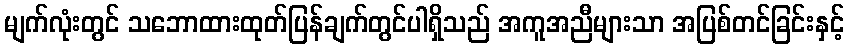
မျက်လုံးတွင် သဘောထားထုတ်ပြန်ချက်တွင်ပါရှိသည် အကူအညီများသာ အပြစ်တင်ခြင်းနှင့်